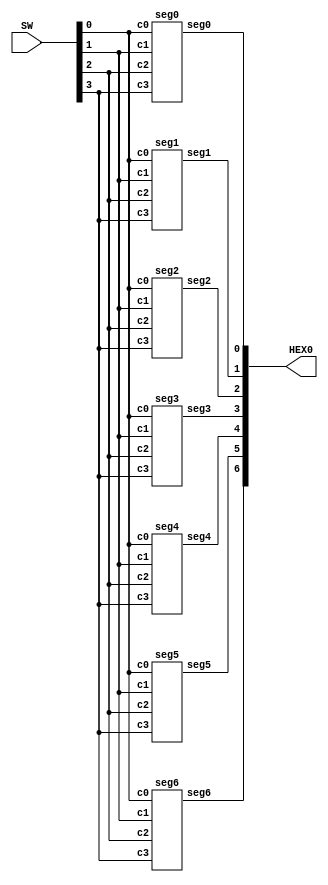
//SW[4:0] data inputs
//HEX0[6:0] output display

module display(HEX0, SW);
    input [9:0] SW;
    output [6:0] HEX0;

    seg0 s0(
        .c0(SW[0]),
        .c1(SW[1]),
        .c2(SW[2]),
        .c3(SW[3]),
        .seg0(HEX0[0])
        );
    seg1 s1(
        .c0(SW[0]),
        .c1(SW[1]),
        .c2(SW[2]),
        .c3(SW[3]),
        .seg1(HEX0[1])
        );
    seg2 s2(
        .c0(SW[0]),
        .c1(SW[1]),
        .c2(SW[2]),
        .c3(SW[3]),
        .seg2(HEX0[2])
        );
    seg3 s3(
        .c0(SW[0]),
        .c1(SW[1]),
        .c2(SW[2]),
        .c3(SW[3]),
        .seg3(HEX0[3])
        );
    seg4 s4(
        .c0(SW[0]),
        .c1(SW[1]),
        .c2(SW[2]),
        .c3(SW[3]),
        .seg4(HEX0[4])
        );
    seg5 s5(
        .c0(SW[0]),
        .c1(SW[1]),
        .c2(SW[2]),
        .c3(SW[3]),
        .seg5(HEX0[5])
        );
    seg6 s6(
        .c0(SW[0]),
        .c1(SW[1]),
        .c2(SW[2]),
        .c3(SW[3]),
        .seg6(HEX0[6])
        );
endmodule

module seg0(c0, c1, c2, c3, seg0);
    input c0;
    input c1;
    input c2;
    input c3;
    output seg0;
    assign seg0 = (~c3 & ~c2 & ~c1 & c0) | (~c3 & c2 & ~c1 & ~c0)
    | (c3 & c2 & ~c1 & c0) | (c3 & ~c2 & c1 &c0);
endmodule

module seg1(c0, c1, c2, c3, seg1);
    input c0;
    input c1;
    input c2;
    input c3;
    output seg1;
    assign seg1 = (~c3 & c2 & ~c1 & c0) |
    (c3 & c2 & ~c1 & ~c0) |
    (c3 & c1 & c0) |
    (c2 & c1 & ~c0) |
    (c3 & c2 & c1);
endmodule

module seg2(c0, c1, c2, c3, seg2);
    input c0;
    input c1;
    input c2;
    input c3;
    output seg2;
    assign seg2 = (c3 & c2 & ~c1 & ~c0) |
    (~c3 & ~c2 & c1 & ~c0) |
    (c3 & c2 & c1);
endmodule

module seg3(c0, c1, c2, c3, seg3);
    input c0;
    input c1;
    input c2;
    input c3;
    output seg3;
    assign seg3 = (~c3 & c2 & ~c1 & ~c0) |
    (!c3 & ~c2 & ~c1 & c0) |
    (c2 & c1 & c0) |
    (c3 & ~c2 & c1 & ~c0);
endmodule

module seg4(c0, c1, c2, c3, seg4);
    input c0;
    input c1;
    input c2;
    input c3;
    output seg4;
    assign seg4 = (~c3 & c0) |
    (~c3 & c2 & ~c1) |
    (~c2 & ~c1 & c0);
endmodule

module seg5(c0, c1, c2, c3, seg5);
    input c0;
    input c1;
    input c2;
    input c3;
    output seg5;
    assign seg5 = (~c3 & ~c2 & c0) |
    (~c3 & c1 & c0) |
    (~c3 & ~c2 & c1);
endmodule

module seg6(c0, c1, c2, c3, seg6);
    input c0;
    input c1;
    input c2;
    input c3;
    output seg6;
    assign seg6 = (~c3 & ~c2 & ~c1) |
    (c3 & c2 & ~c1 & ~c0) |
    (~c3 & c2 & c1 & c0);
endmodule